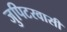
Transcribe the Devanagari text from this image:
जुपिटरवासी